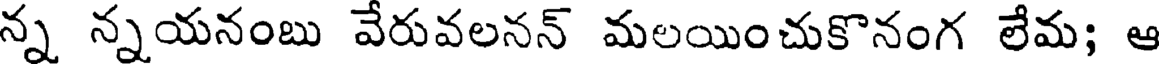
న్న న్నయనంబు వేరువలనన్ మలయించుకొనంగ లేమ; ఆ